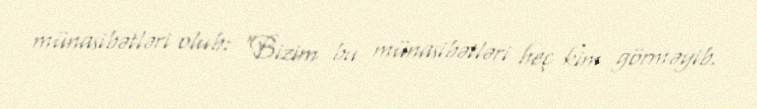
münasibətləri olub: "Bizim bu münasibətləri heç kim görməyib.